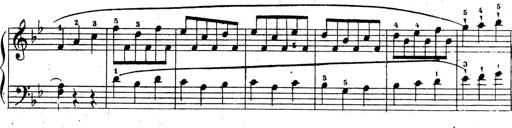
Title: 10 Sonatinas
Composer: Fritz Spindler